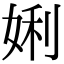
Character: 娳